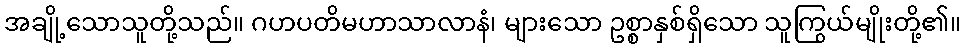
အချို့သောသူတို့သည်။ ဂဟပတိမဟာသာလာနံ၊ များသော ဥစ္စာနှစ်ရှိသော သူကြွယ်မျိုးတို့၏။